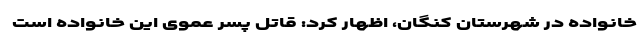
خانواده در شهرستان کنگان، اظهار کرد: قاتل پسر عموی این خانواده است